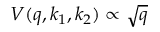
V ( q , k _ { 1 } , k _ { 2 } ) \propto \sqrt { q }